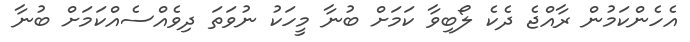
އެހެންކަމުން ރާއްޖެ ދެކެ ލޯބިވާ ކަމަށް ބުނާ މީހަކު ނުވަތަ ދިވެއްސެއްކަމަށް ބުނާ